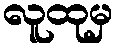
လူထုမှ